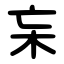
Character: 杗